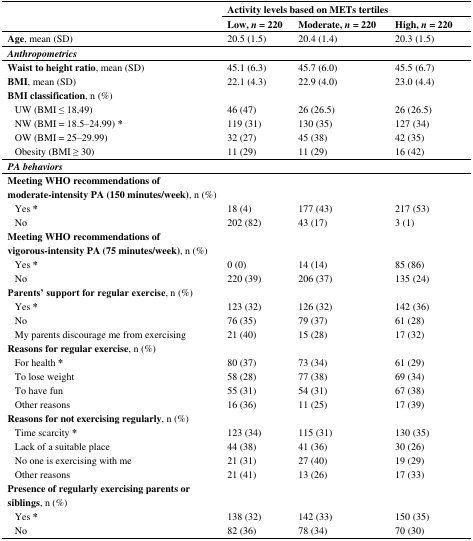
<table><thead><tr><td rowspan="2"></td><td colspan="3"><b>Activity levels based on METs tertiles</b></td></tr><tr><td><b>Low, <i>n</i> = 220</b></td><td><b>Moderate, <i>n</i> = 220</b></td><td><b>High, <i>n</i> = 220</b></td></tr></thead><tbody><tr><td><b>Age</b>, mean (SD)</td><td>20.5 (1.5)</td><td>20.4 (1.4)</td><td>20.3 (1.5)</td></tr><tr><td><b><i>Anthropometrics</i></b></td><td></td><td></td><td></td></tr><tr><td><b>Waist to height ratio</b>, mean (SD)</td><td>45.1 (6.3)</td><td>45.7 (6.0)</td><td>45.5 (6.7)</td></tr><tr><td><b>BMI</b>, mean (SD)</td><td>22.1 (4.3)</td><td>22.9 (4.0)</td><td>23.0 (4.4)</td></tr><tr><td><b>BMI classification</b>, n (%)</td><td></td><td></td><td></td></tr><tr><td> UW (BMI ≤ 18,49)</td><td>46 (47)</td><td>26 (26.5)</td><td>26 (26.5)</td></tr><tr><td> NW (BMI = 18.5–24.99) <b>*</b></td><td>119 (31)</td><td>130 (35)</td><td>127 (34)</td></tr><tr><td> OW (BMI = 25–29.99)</td><td>32 (27)</td><td>45 (38)</td><td>42 (35)</td></tr><tr><td> Obesity (BMI ≥ 30)</td><td>11 (29)</td><td>11 (29)</td><td>16 (42)</td></tr><tr><td><b><i>PA behaviors</i></b></td><td></td><td></td><td></td></tr><tr><td><b>Meeting WHO recommendations of moderate-intensity PA (150 minutes/week)</b>, n (%)</td><td></td><td></td><td></td></tr><tr><td> Yes <b>*</b></td><td>18 (4)</td><td>177 (43)</td><td>217 (53)</td></tr><tr><td> No</td><td>202 (82)</td><td>43 (17)</td><td>3 (1)</td></tr><tr><td><b>Meeting WHO recommendations of vigorous-intensity PA (75 minutes/week)</b>, n (%)</td><td></td><td></td><td></td></tr><tr><td> Yes <b>*</b></td><td>0 (0)</td><td>14 (14)</td><td>85 (86)</td></tr><tr><td> No</td><td>220 (39)</td><td>206 (37)</td><td>135 (24)</td></tr><tr><td><b>Parents’ support for regular exercise</b>, n (%)</td><td></td><td></td><td></td></tr><tr><td> Yes <b>*</b></td><td>123 (32)</td><td>126 (32)</td><td>142 (36)</td></tr><tr><td> No</td><td>76 (35)</td><td>79 (37)</td><td>61 (28)</td></tr><tr><td> My parents discourage me from exercising </td><td>21 (40)</td><td>15 (28)</td><td>17 (32)</td></tr><tr><td><b>Reasons for regular exercise</b>, n (%)</td><td></td><td></td><td></td></tr><tr><td> For health <b>*</b></td><td>80 (37)</td><td>73 (34)</td><td>61 (29)</td></tr><tr><td> To lose weight</td><td>58 (28)</td><td>77 (38)</td><td>69 (34)</td></tr><tr><td> To have fun</td><td>55 (31)</td><td>54 (31)</td><td>67 (38)</td></tr><tr><td> Other reasons</td><td>16 (36)</td><td>11 (25)</td><td>17 (39)</td></tr><tr><td><b>Reasons for not exercising regularly</b>, n (%)</td><td></td><td></td><td></td></tr><tr><td> Time scarcity <b>*</b></td><td>123 (34)</td><td>115 (31)</td><td>130 (35)</td></tr><tr><td> Lack of a suitable place</td><td>44 (38)</td><td>41 (36)</td><td>30 (26)</td></tr><tr><td> No one is exercising with me</td><td>21 (31)</td><td>27 (40)</td><td>19 (29)</td></tr><tr><td> Other reasons</td><td>21 (41)</td><td>13 (26)</td><td>17 (33)</td></tr><tr><td><b>Presence of regularly exercising parents or siblings</b>, n (%)</td><td></td><td></td><td></td></tr><tr><td> Yes <b>*</b></td><td>138 (32)</td><td>142 (33)</td><td>150 (35)</td></tr><tr><td> No</td><td>82 (36)</td><td>78 (34)</td><td>70 (30)</td></tr></tbody></table>